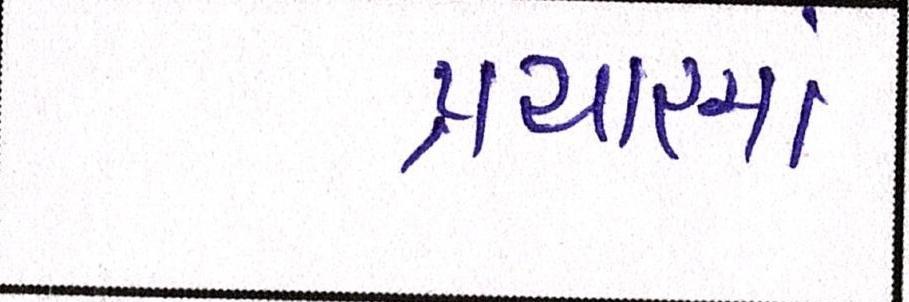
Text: પ્રચારમાં